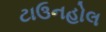
ટાઉનહોલ